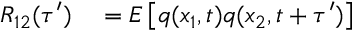
\begin{array} { r l } { R _ { 1 2 } ( \tau ^ { \prime } ) } & { { } = E \left[ q ( x _ { 1 } , t ) q ( x _ { 2 } , t + \tau ^ { \prime } ) \right] } \end{array}